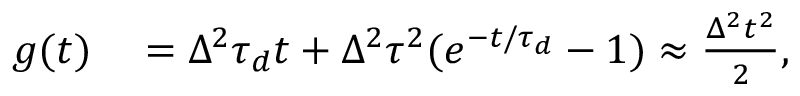
\begin{array} { r l } { g ( t ) } & { { } = \Delta ^ { 2 } \tau _ { d } t + \Delta ^ { 2 } \tau ^ { 2 } ( e ^ { - t / \tau _ { d } } - 1 ) \approx \frac { \Delta ^ { 2 } t ^ { 2 } } { 2 } , } \end{array}